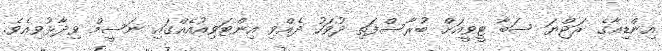
އިންޑިއާގެ ރަޖްޔަ ސަބާ ޓީވީއަށް ބުރާސްފަތި ދުވަހު ދެއްވި އިންޓަވިއުއެއްގައި ނަސީމް ވިދާޅުވިއެވެ.